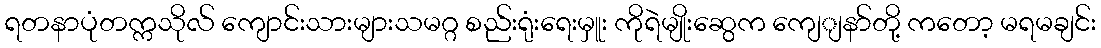
ရတနာပုံတက္ကသိုလ် ကျောင်းသားများသမဂ္ဂ စည်းရုံးရေးမှူး ကိုရဲမျိုးဆွေက ကျေျနာ်တို့ ကတော့ မရမချင်း